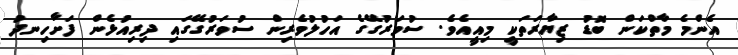
އެންމެ މާތްކަން ބޮޑު ޒިޔާރަތަކީ މިއީއެވެ. ސުވަރުގޭގެ އަހުލުވެރިން ސުވަރުގޭގައި ދިރިއުޅެން ފަށާހިނދު